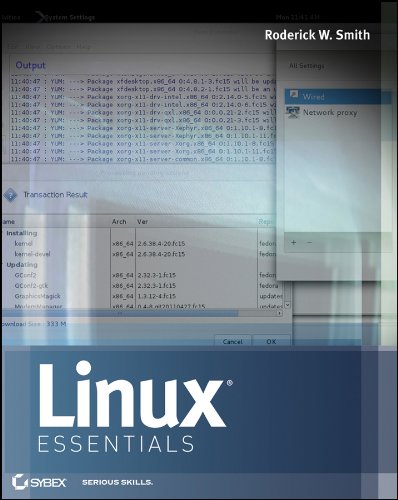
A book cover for Linux Essentials; Roderick W. Smith; Computers & Technology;